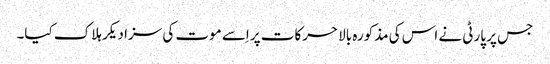
جس پر پارٹی نے اس کی مذکورہ بالا حرکات پر اِسے موت کی سزا دیکر ہلاک کیا۔